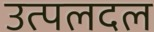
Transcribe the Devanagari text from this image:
उत्पलदल